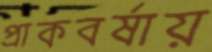
প্রাকবর্ষায়